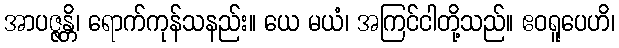
အာပဇ္ဇန္တိ၊ ရောက်ကုန်သနည်း။ ယေ မယံ၊ အကြင်ငါတို့သည်။ ဧဝရူပေဟိ၊